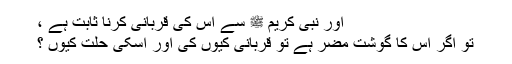
اور نبی کریم ﷺ سے اس کی قربانی کرنا ثابت ہے ،
تو اگر اس کا گوشت مضر ہے تو قربانی کیوں کی اور اسکی حلت کیوں ؟